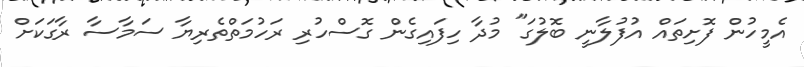
އެމީހުން ފޮށިތައް އުފުލާނީ ބޮލުގަ" މުދާ ހިފައިގެން ގޮސްހުރި ރަހުމަތްތެރިޔާ ސަމާސާ ރާގަކަށް